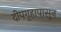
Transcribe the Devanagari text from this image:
दीपगृहापासून